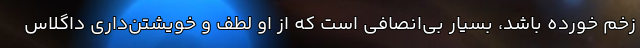
زخم خورده باشد، بسیار بی‌انصافی است که از او لطف و خویشتن‌داری داگلاس